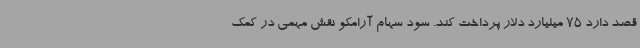
قصد دارد 75 میلیارد دلار پرداخت کند. سود سهام آرامکو نقش مهمی در کمک